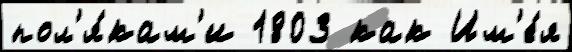
пол'я́кам'и 1803 как Им'е́я